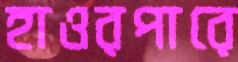
হাওরপারে